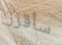
سأقرر